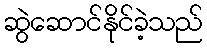
ဆွဲဆောင်နိုင်ခဲ့သည်